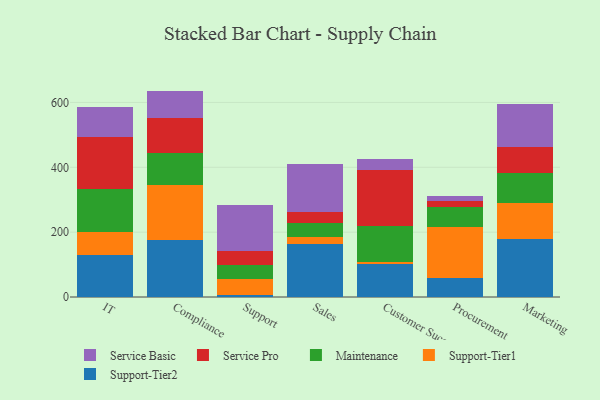
{"axis": {"x": "Department", "y": "Backlog"}, "legend": ["Maintenance", "Service Basic", "Service Pro", "Support-Tier1", "Support-Tier2"], "data": [{"x": "IT", "y": 129.3, "type": "Support-Tier2"}, {"x": "IT", "y": 71.9, "type": "Support-Tier1"}, {"x": "IT", "y": 131.6, "type": "Maintenance"}, {"x": "IT", "y": 161.2, "type": "Service Pro"}, {"x": "IT", "y": 92.2, "type": "Service Basic"}, {"x": "Compliance", "y": 176.4, "type": "Support-Tier2"}, {"x": "Compliance", "y": 168.6, "type": "Support-Tier1"}, {"x": "Compliance", "y": 100.4, "type": "Maintenance"}, {"x": "Compliance", "y": 106.5, "type": "Service Pro"}, {"x": "Compliance", "y": 83.9, "type": "Service Basic"}, {"x": "Support", "y": 5.7, "type": "Support-Tier2"}, {"x": "Support", "y": 51.1, "type": "Support-Tier1"}, {"x": "Support", "y": 43.0, "type": "Maintenance"}, {"x": "Support", "y": 42.0, "type": "Service Pro"}, {"x": "Support", "y": 141.6, "type": "Service Basic"}, {"x": "Sales", "y": 163.3, "type": "Support-Tier2"}, {"x": "Sales", "y": 22.5, "type": "Support-Tier1"}, {"x": "Sales", "y": 41.7, "type": "Maintenance"}, {"x": "Sales", "y": 34.3, "type": "Service Pro"}, {"x": "Sales", "y": 147.9, "type": "Service Basic"}, {"x": "Customer Success", "y": 103.2, "type": "Support-Tier2"}, {"x": "Customer Success", "y": 5.6, "type": "Support-Tier1"}, {"x": "Customer Success", "y": 109.9, "type": "Maintenance"}, {"x": "Customer Success", "y": 174.1, "type": "Service Pro"}, {"x": "Customer Success", "y": 32.1, "type": "Service Basic"}, {"x": "Procurement", "y": 58.3, "type": "Support-Tier2"}, {"x": "Procurement", "y": 157.1, "type": "Support-Tier1"}, {"x": "Procurement", "y": 63.6, "type": "Maintenance"}, {"x": "Procurement", "y": 16.7, "type": "Service Pro"}, {"x": "Procurement", "y": 14.8, "type": "Service Basic"}, {"x": "Marketing", "y": 180.0, "type": "Support-Tier2"}, {"x": "Marketing", "y": 108.9, "type": "Support-Tier1"}, {"x": "Marketing", "y": 92.4, "type": "Maintenance"}, {"x": "Marketing", "y": 80.5, "type": "Service Pro"}, {"x": "Marketing", "y": 132.3, "type": "Service Basic"}]}